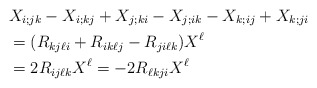
\begin{align*}&X_{i;jk} - X_{i;kj} + X_{j;ki} - X_{j;ik} - X_{k;ij} + X_{k;ji} \\&=( R_{kj\ell i} + R_{ik\ell j} - R_{ji\ell k} )X^\ell\\& = 2R_{ij\ell k} X^\ell =-2 R_{\ell kj i} X^\ell\end{align*}